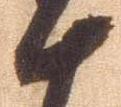
十